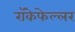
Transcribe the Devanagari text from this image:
रॉकेफेल्लर